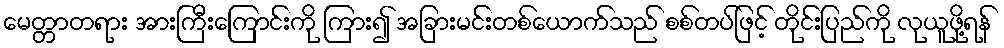
မေတ္တာတရား အားကြီးကြောင်းကို ကြား၍ အခြားမင်းတစ်ယောက်သည် စစ်တပ်ဖြင့် တိုင်းပြည်ကို လုယူဖို့ရန်